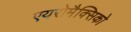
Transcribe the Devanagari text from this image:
एयरोमैक्सिको